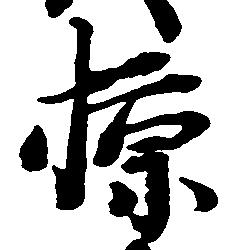
掠